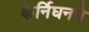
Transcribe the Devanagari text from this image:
केर्निघनचे